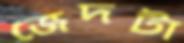
জেদটা